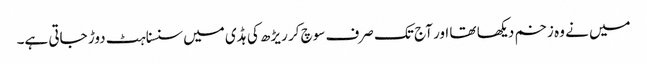
میں نے وہ زخم دیکھا تھا اور آج تک صرف سوچ کر ریڑھ کی ہڈی میں سنسناہٹ دوڑ جاتی ہے۔